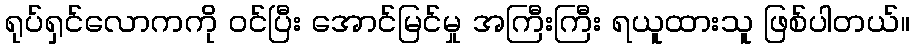
ရုပ်ရှင်လောကကို ဝင်ပြီး အောင်မြင်မှု အကြီးကြီး ရယူထားသူ ဖြစ်ပါတယ်။